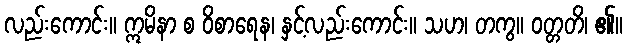
လည်းကောင်း။ ဣမိနာ စ ဝိစာရေန၊ နှင့်လည်းကောင်း။ သဟ၊ တကွ။ ဝတ္တတိ၊ ၏။